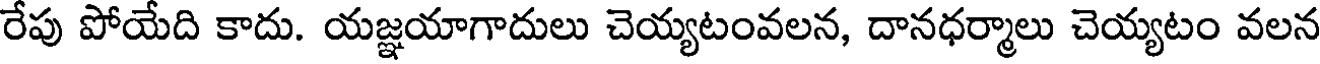
రేపు పోయేది కాదు. యజ్ఞయాగాదులు చెయ్యటంవలన, దానధర్మాలు చెయ్యటం వలన